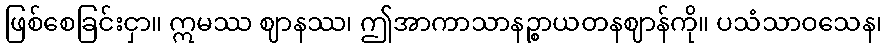
ဖြစ်စေခြင်းငှာ။ ဣမဿ ဈာနဿ၊ ဤအာကာသာနဉ္စာယတနဈာန်ကို။ ပသံသာဝသေန၊